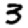
Digit: 3